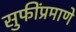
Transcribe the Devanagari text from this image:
सुफींप्रमाणे